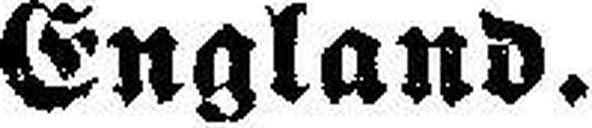
England.